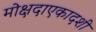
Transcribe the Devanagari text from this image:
मोक्षदाएकादशी